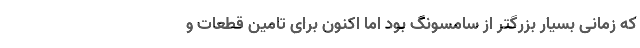
که زمانی بسیار بزرگتر از سامسونگ بود اما اکنون برای تامین قطعات و